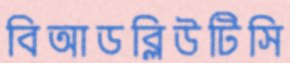
বিআডব্লিউটিসি